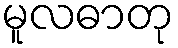
မူလဓာတု